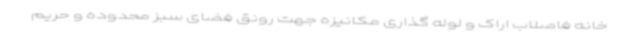
خانه فاصلاب اراک و لوله گذاری مکانیزه جهت رونق فضای سبز محدوده و حریم